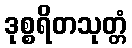
ဒုစ္စရိတသုတ္တံ